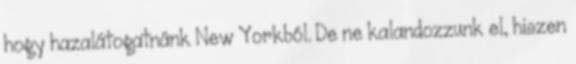
hogy hazalátogatnánk New Yorkból. De ne kalandozzunk el, hiszen